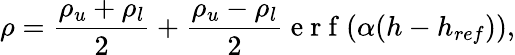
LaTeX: \rho=\frac{\rho_{u}+\rho_{l}}{2}+\frac{\rho_{u}-\rho_{l}}{2}\mathrm{~e~r~f~}(\alpha(h-h_{ref})),